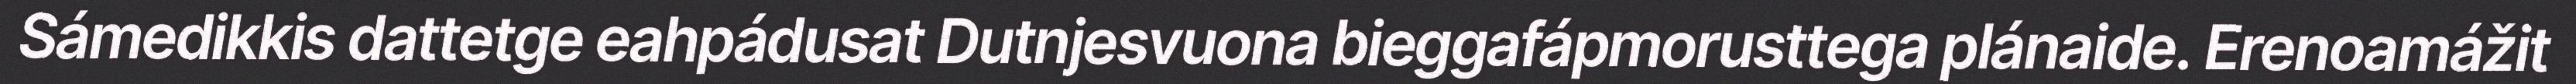
Sámedikkis dattetge eahpádusat Dutnjesvuona bieggafápmorusttega plánaide. Erenoamážit